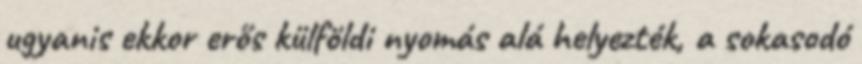
ugyanis ekkor erős külföldi nyomás alá helyezték, a sokasodó